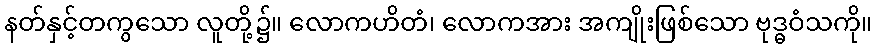
နတ်နှင့်တကွသော လူတို့၌။ လောကဟိတံ၊ လောကအား အကျိုးဖြစ်သော ဗုဒ္ဓဝံသကို။